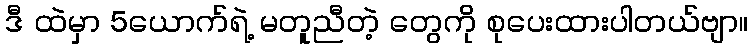
ဒီ ထဲမှာ 5ယောက်ရဲ့ မတူညီတဲ့ တွေကို စုပေးထားပါတယ်ဗျာ။